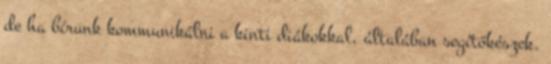
de ha bírunk kommunikálni a kinti diákokkal, általában segítőkészek.